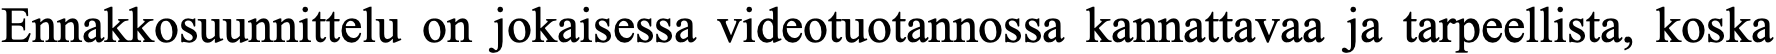
Ennakkosuunnittelu on jokaisessa videotuotannossa kannattavaa ja tarpeellista, koska